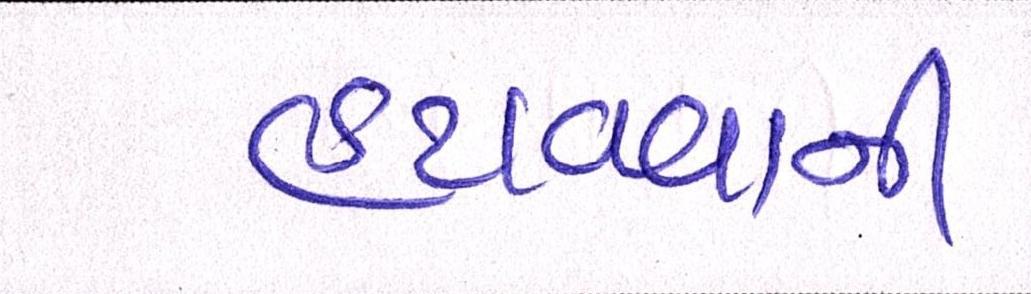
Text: હટાવવાની